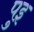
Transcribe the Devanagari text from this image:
पुइ